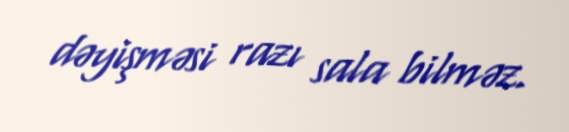
dəyişməsi razı sala bilməz.